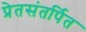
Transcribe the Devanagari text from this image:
प्रेतसंतर्पित